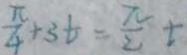
\frac { \pi } { 4 } + 3 t = \frac { \pi } { 2 } t